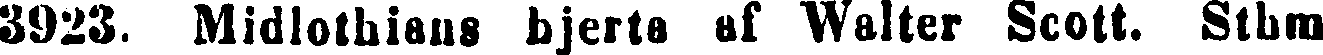
3923. Midlothiaus hjerta af Walter Scott. Sthm